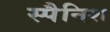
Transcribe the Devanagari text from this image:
स्‍पैनिश